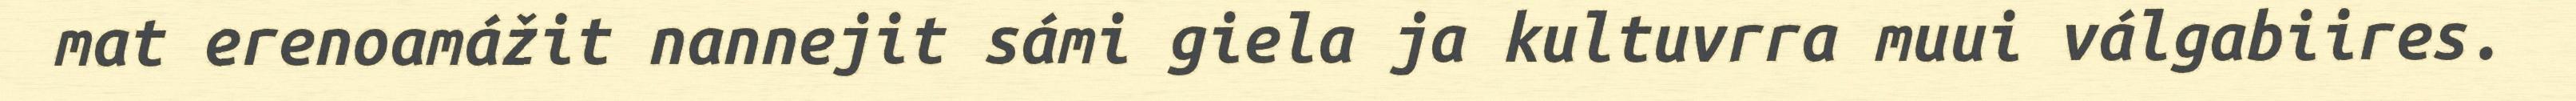
mat erenoamážit nannejit sámi giela ja kultuvrra muui válgabiires.